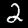
Digit: 2